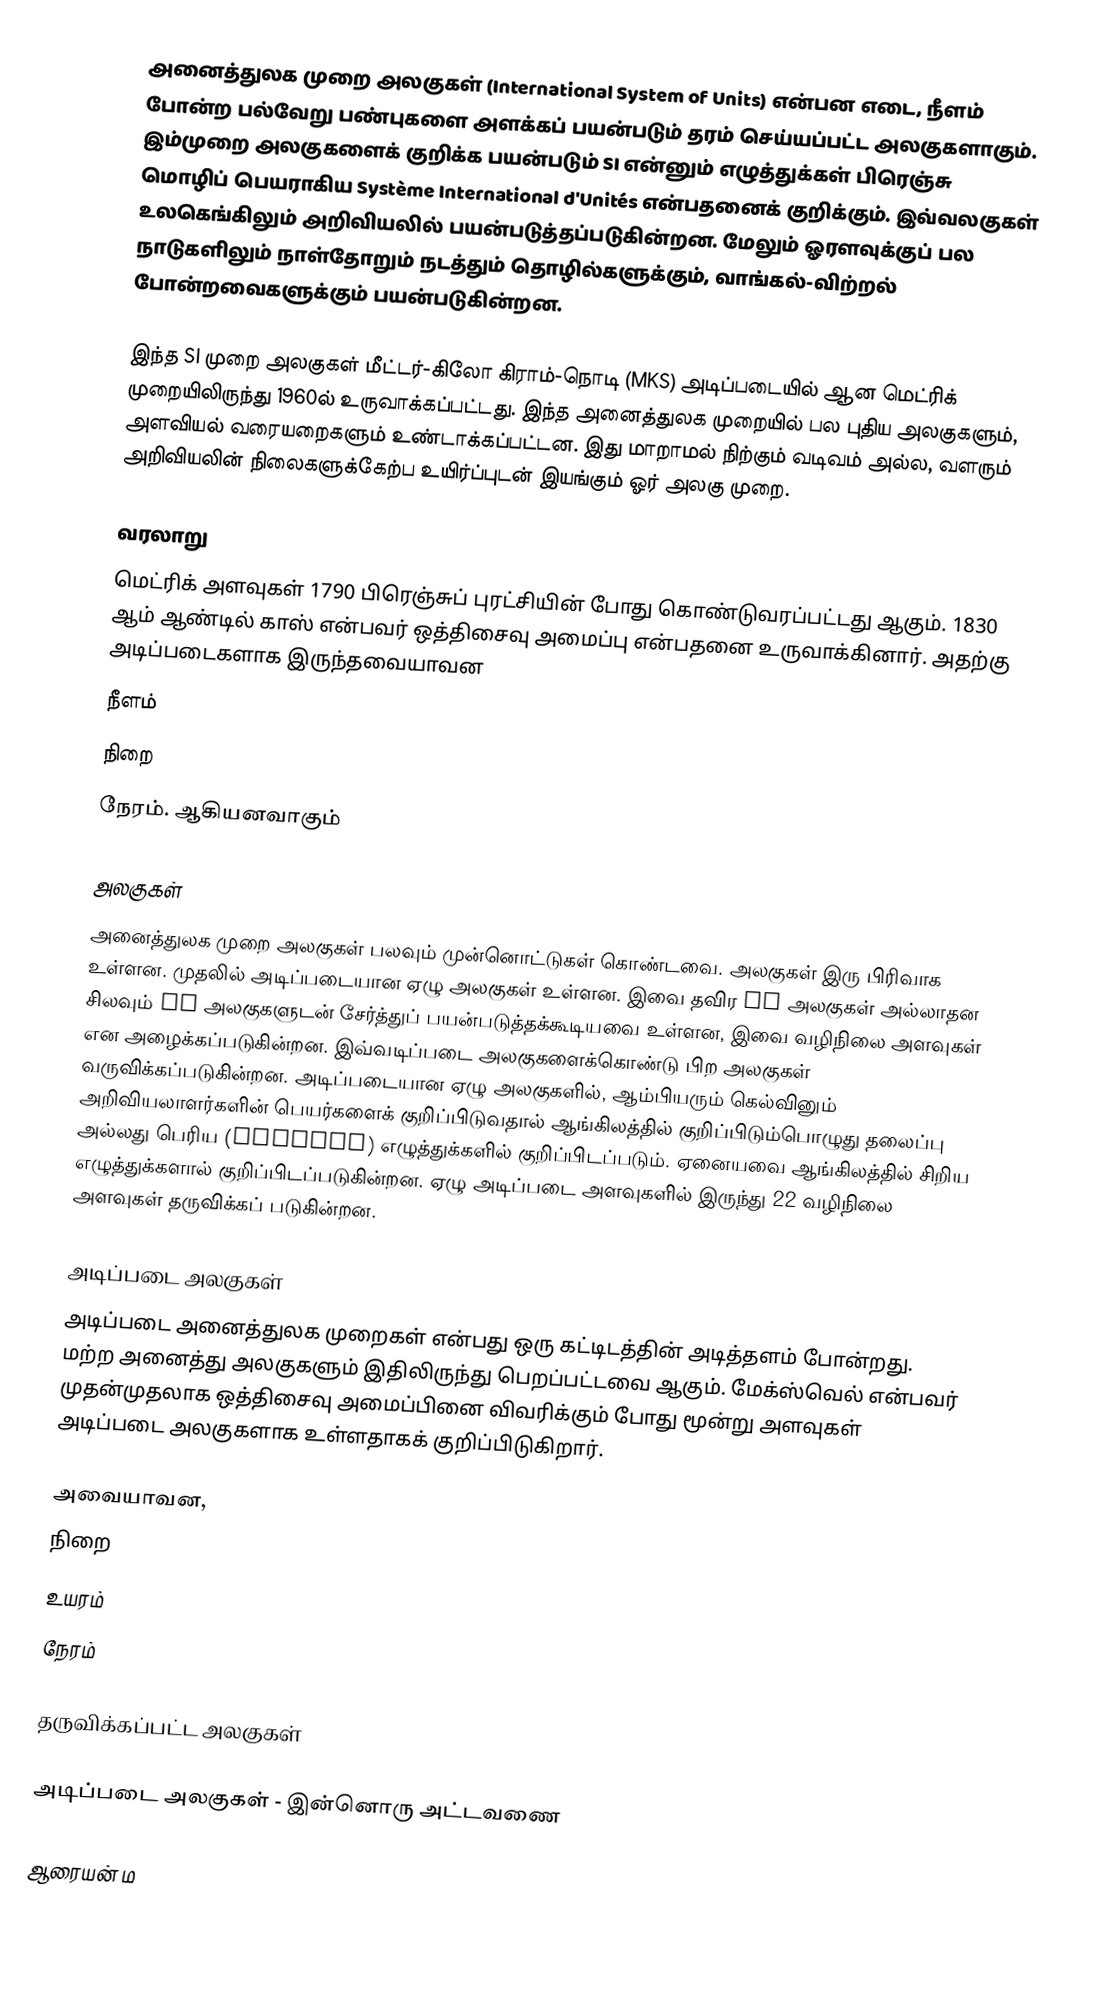
அனைத்துலக முறை அலகுகள் (International System of Units) என்பன எடை, நீளம் போன்ற பல்வேறு பண்புகளை அளக்கப் பயன்படும் தரம் செய்யப்பட்ட அலகுகளாகும். இம்முறை அலகுகளைக் குறிக்க பயன்படும் SI என்னும் எழுத்துக்கள் பிரெஞ்சு மொழிப் பெயராகிய Système International d'Unités என்பதனைக் குறிக்கும். இவ்வலகுகள் உலகெங்கிலும் அறிவியலில் பயன்படுத்தப்படுகின்றன. மேலும் ஓரளவுக்குப் பல நாடுகளிலும் நாள்தோறும் நடத்தும் தொழில்களுக்கும், வாங்கல்-விற்றல் போன்றவைகளுக்கும் பயன்படுகின்றன.

இந்த SI முறை அலகுகள் மீட்டர்-கிலோ கிராம்-நொடி (MKS) அடிப்படையில் ஆன மெட்ரிக் முறையிலிருந்து 1960ல் உருவாக்கப்பட்டது. இந்த அனைத்துலக முறையில் பல புதிய அலகுகளும், அளவியல் வரையறைகளும் உண்டாக்கப்பட்டன. இது மாறாமல் நிற்கும் வடிவம் அல்ல, வளரும் அறிவியலின் நிலைகளுக்கேற்ப உயிர்ப்புடன் இயங்கும் ஓர் அலகு முறை.

வரலாறு
மெட்ரிக் அளவுகள் 1790 பிரெஞ்சுப் புரட்சியின் போது கொண்டுவரப்பட்டது ஆகும். 1830 ஆம் ஆண்டில் காஸ் என்பவர் ஒத்திசைவு அமைப்பு என்பதனை உருவாக்கினார். அதற்கு அடிப்படைகளாக இருந்தவையாவன
 நீளம்
 நிறை
 நேரம். ஆகியனவாகும்

அலகுகள்
அனைத்துலக முறை அலகுகள் பலவும் முன்னொட்டுகள் கொண்டவை. அலகுகள் இரு பிரிவாக உள்ளன. முதலில் அடிப்படையான ஏழு அலகுகள் உள்ளன. இவை தவிர SI அலகுகள் அல்லாதன சிலவும் SI அலகுகளுடன் சேர்த்துப் பயன்படுத்தக்கூடியவை உள்ளன, இவை வழிநிலை அளவுகள் என அழைக்கப்படுகின்றன. இவ்வடிப்படை அலகுகளைக்கொண்டு பிற அலகுகள் வருவிக்கப்படுகின்றன. அடிப்படையான ஏழு அலகுகளில், ஆம்பியரும் கெல்வினும் அறிவியலாளர்களின் பெயர்களைக் குறிப்பிடுவதால் ஆங்கிலத்தில் குறிப்பிடும்பொழுது தலைப்பு அல்லது பெரிய (Captial) எழுத்துக்களில் குறிப்பிடப்படும். ஏனையவை ஆங்கிலத்தில் சிறிய எழுத்துக்களால் குறிப்பிடப்படுகின்றன. ஏழு அடிப்படை அளவுகளில் இருந்து 22 வழிநிலை அளவுகள் தருவிக்கப் படுகின்றன.

அடிப்படை அலகுகள்
அடிப்படை அனைத்துலக முறைகள் என்பது ஒரு கட்டிடத்தின் அடித்தளம் போன்றது. மற்ற அனைத்து அலகுகளும் இதிலிருந்து பெறப்பட்டவை ஆகும். மேக்ஸ்வெல் என்பவர் முதன்முதலாக ஒத்திசைவு அமைப்பினை விவரிக்கும்  போது மூன்று அளவுகள் அடிப்படை அலகுகளாக உள்ளதாகக் குறிப்பிடுகிறார்.

அவையாவன,
 நிறை
 உயரம்
 நேரம்

தருவிக்கப்பட்ட அலகுகள்

அடிப்படை அலகுகள் - இன்னொரு அட்டவணை

ஆரையன் ம